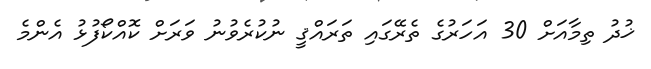
ޚުދު ތިމާއަށް 30 އަހަރުގެ ތެރޭގައި ތަރައްޤީ ނުކުރެވުނު ވަރަށް ކޮއްކޯފުޅު އެންމެ